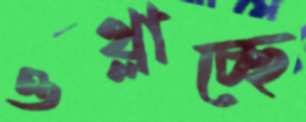
ওথ্‌লাচ্ছে